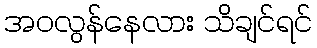
အဝလွန်နေလား သိချင်ရင်